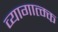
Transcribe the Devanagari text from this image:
व्यागात्म्क